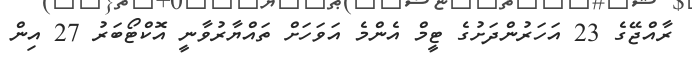
ރާއްޖޭގެ 23 އަހަރުންދަށުގެ ޓީމް އެންމެ އަވަހަށް ތައްޔާރުވާނީ އޮކްޓޯބަރު 27 އިން